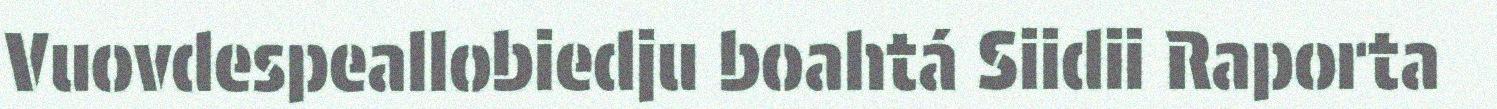
Vuovdespeallobiedju boahtá Siidii Raporta